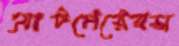
আটপেয়েরস